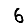
Digit: 6